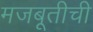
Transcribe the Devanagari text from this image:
मजबूतीची